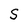
Character: S